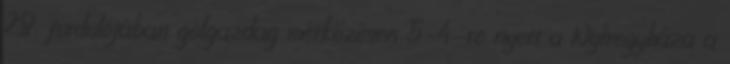
28. fordulójában gólgazdag mérkőzésen 5–4-re nyert a Nyíregyháza a